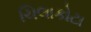
ચિલાકોટા